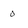
Character: 0